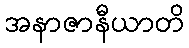
အနာဇာနီယာတိ